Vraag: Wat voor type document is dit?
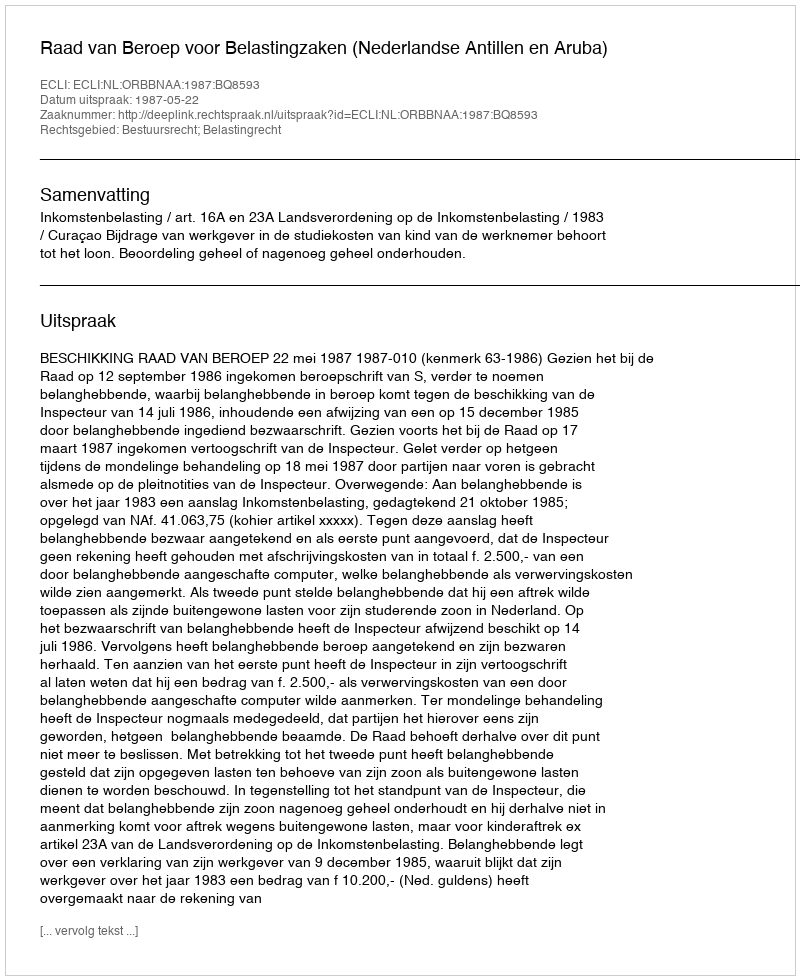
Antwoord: Uitspraak